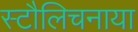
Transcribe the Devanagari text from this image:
स्टौलिचनाया